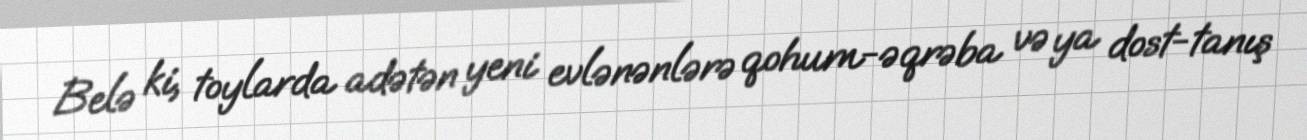
Belə ki, toylarda adətən yeni evlənənlərə qohum-əqrəba və ya dost-tanış